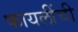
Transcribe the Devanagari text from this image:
फायलींची